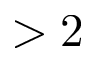
> 2